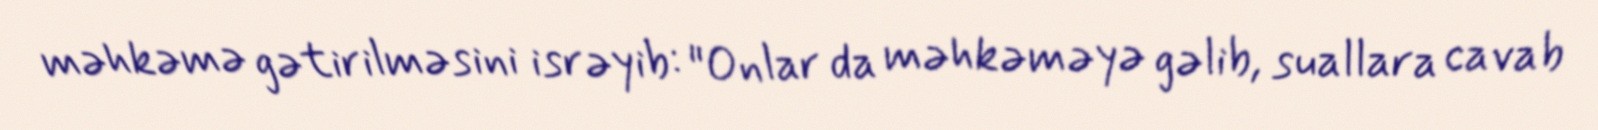
məhkəmə gətirilməsini isrəyib: "Onlar da məhkəməyə gəlib, suallara cavab